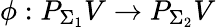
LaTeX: \phi:P_{\Sigma_{1}}V\to P_{\Sigma_{2}}V